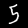
Label: 5